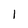
Character: 1